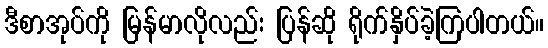
ဒီစာအုပ်ကို မြန်မာလိုလည်း ပြန်ဆို ရိုက်နှိပ်ခဲ့ကြပါတယ်။